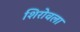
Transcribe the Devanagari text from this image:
शिरोवला